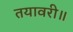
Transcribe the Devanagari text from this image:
तयावरी॥